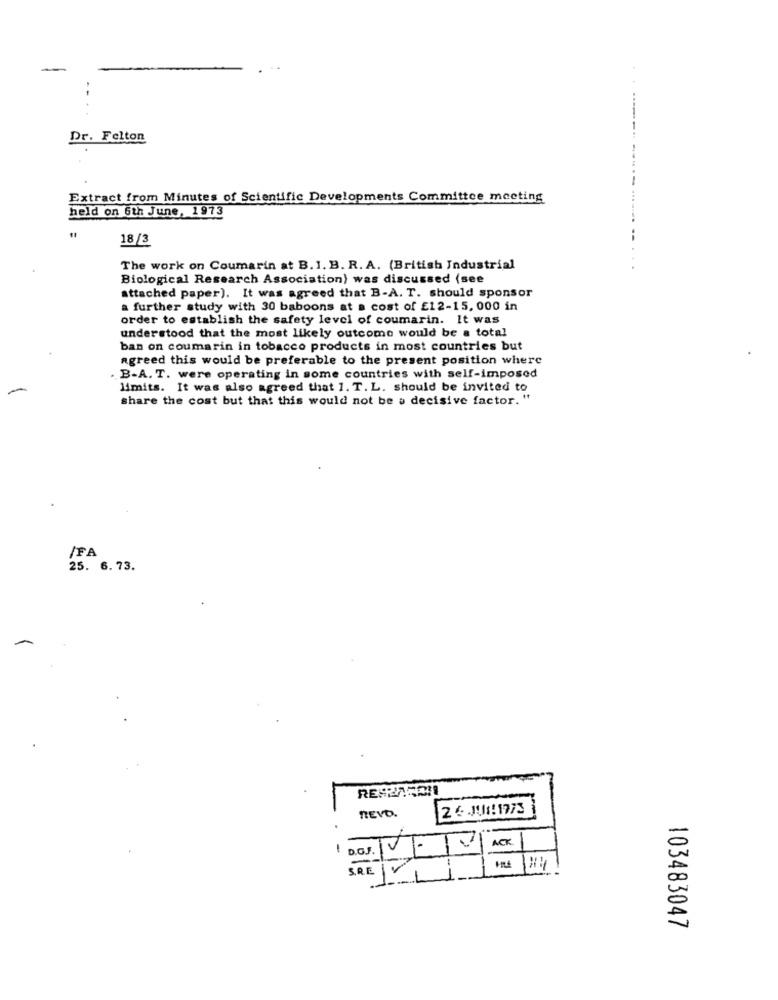
Dr. Felton
Extract from Minutes of Scientific Developments Committee meeting
held on 6th June, 1973
18/3
The work on Coumarin at B. I. B. R. A. (British Industrial
Biological Research Association) was discussed (see
attached paper). It was agreed that B-A. T. should sponsor
a further study with 30 baboons at a cost of £12-15, 000 in
order to establish the safety level of coumarin. It was
understood that the most likely outcome would be a total
ban on coumarin in tobacco products in most countries but
agreed this would be preferable to the present position where
. B-A. T. were operating in some countries with self-imposed
limits. It was also agreed that 1. T. L. should be invited to
share the cost but that this would not be a decisive factor. "
IFA
25. 6.73.
26.1.1.1973
REVD.
ACK
D.O.J.
S.R.E
>
Li
103483047